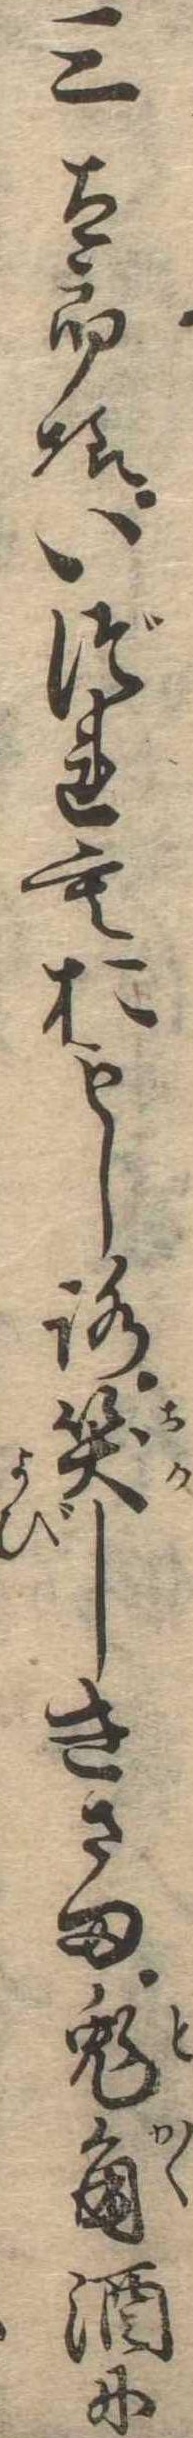
三太郎様いづれもおもしろ笑しきさま兎角酒に